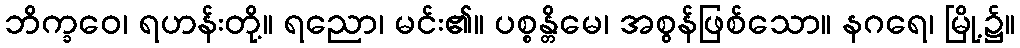
ဘိက္ခဝေ၊ ရဟန်းတို့။ ရညော၊ မင်း၏။ ပစ္စန္တိမေ၊ အစွန်ဖြစ်သော။ နဂရေ၊ မြို့၌။